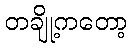
တချို့ကတော့